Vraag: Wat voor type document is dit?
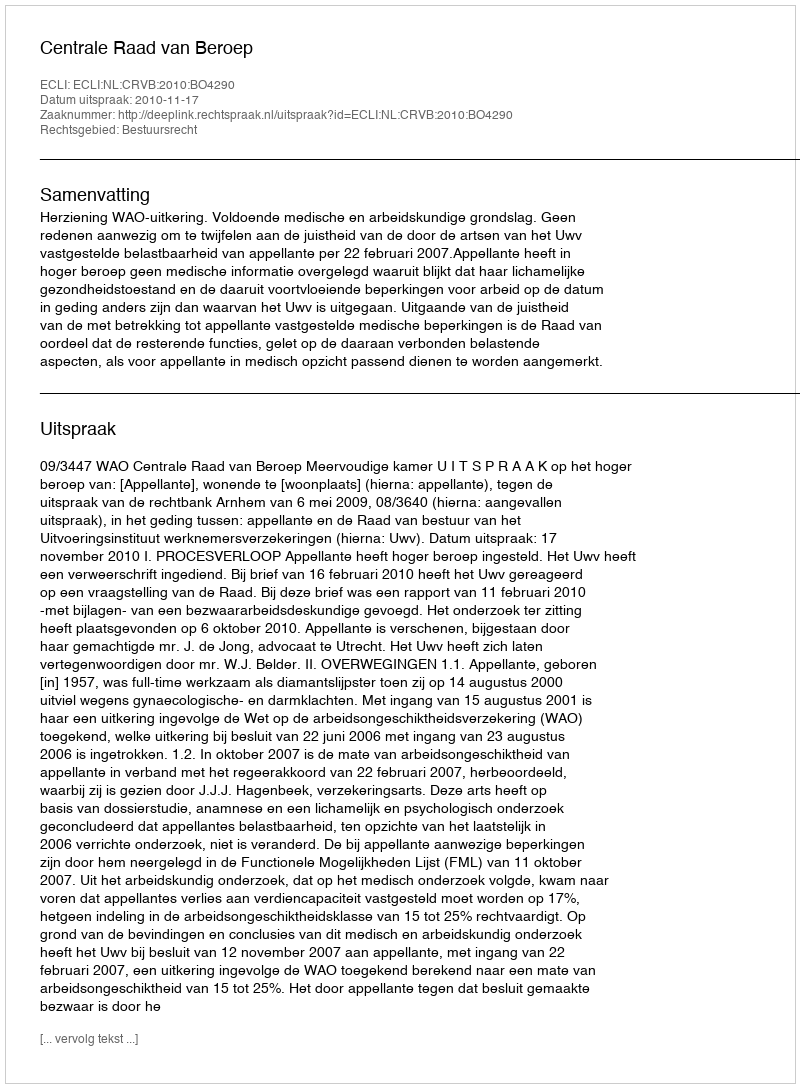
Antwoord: Uitspraak